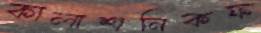
কালাশনিকফ